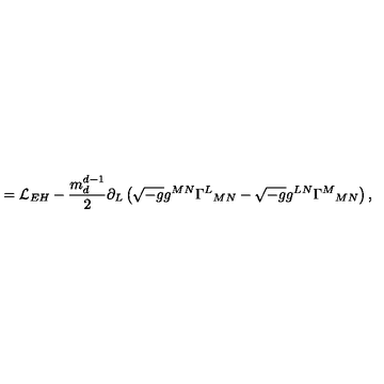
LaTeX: = \mathcal { L } _ { E H } - \frac { m _ { d } ^ { d - 1 } } { 2 } \partial _ { L } \left( \sqrt { - g } g ^ { M N } \Gamma ^ { L } { } _ { M N } - \sqrt { - g } g ^ { L N } \Gamma ^ { M } { } _ { M N } \right) ,